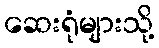
ဆေးရုံများသို့